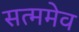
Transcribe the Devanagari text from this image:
सत्ममेव